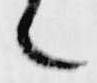
々